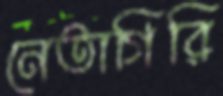
নেতাগিরি